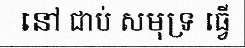
នៅ ជាប់ សមុទ្រ ធ្វើ